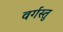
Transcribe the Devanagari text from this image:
वर्गस्तु